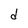
Character: d